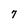
Character: 7